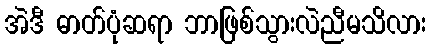
အဲဒီ ဓာတ်ပုံဆရာ ဘာဖြစ်သွားလဲညီမသိလား